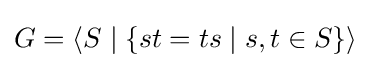
G=\langle S\mid \{st=ts\mid s,t\in S\}\rangle